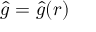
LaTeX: { \hat { g } } = { \hat { g } } ( { \boldsymbol { r } } )